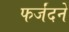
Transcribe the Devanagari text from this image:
फर्जंदने